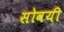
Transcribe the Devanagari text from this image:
सोवयी